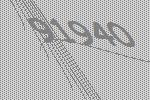
91940